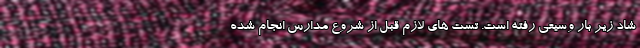
شاد زیر بار وسیعی رفته است. تست های لازم قبل از شروع مدارس انجام شده